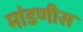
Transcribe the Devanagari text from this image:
मांडणीस